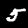
Label: 5